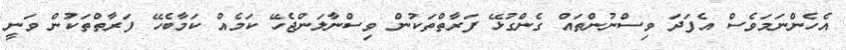
އެހެންނަމަވެސް އެފަދަ ވިސްނުންތައް ގެންގުޅޭ ފަރާތްތަކުން ވިސްނާލަންޖެހޭ ކަމެއް ކަމާބެހޭ ފަރާތްތަކުން ވަނީ